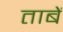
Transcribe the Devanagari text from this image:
ताबें